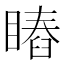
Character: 𥊎